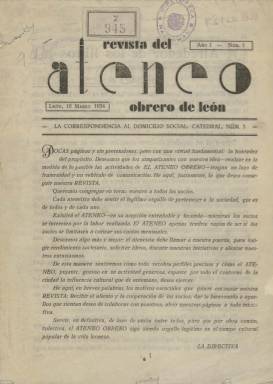
Título: Revista del Ateneo Obrero de León
Colección: Cultura
Ámbito geográfico: León
Lugar de publicación: León
Fechas: 10/03/1934-31/12/1936